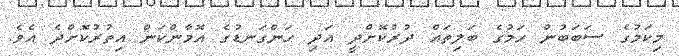
މިކަމުގެ ސަބަބުން ހަމުގެ ބަލިތައް ދުރުކޮށްދީ އަދި ހަންގަނޑުގެ އޮމާންކަން އިތުރުކޮށްދެ އެވެ.